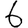
Digit: 6